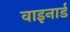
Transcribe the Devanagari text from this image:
वाइनार्ड